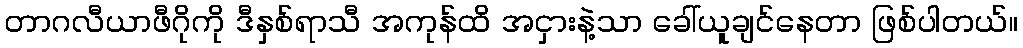
တာဂလီယာဖီဂိုကို ဒီနှစ်ရာသီ အကုန်ထိ အငှားနဲ့သာ ခေါ်ယူချင်နေတာ ဖြစ်ပါတယ်။